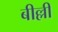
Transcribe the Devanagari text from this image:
बील्ली